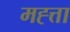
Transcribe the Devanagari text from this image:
मह्त्ता